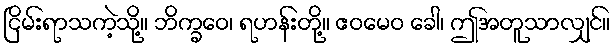
ငြိမ်းရာသကဲ့သို့။ ဘိက္ခဝေ၊ ရဟန်းတို့။ ဧဝမေဝ ခေါ၊ ဤအတူသာလျှင်။